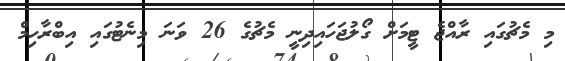
މި މެޗުގައި ރާއްޖެ ޓީމަށް ގޯލުޖަހައިދިނީ މެޗުގެ 26 ވަނަ މިނެޓުގައި އިބްރާހިމް